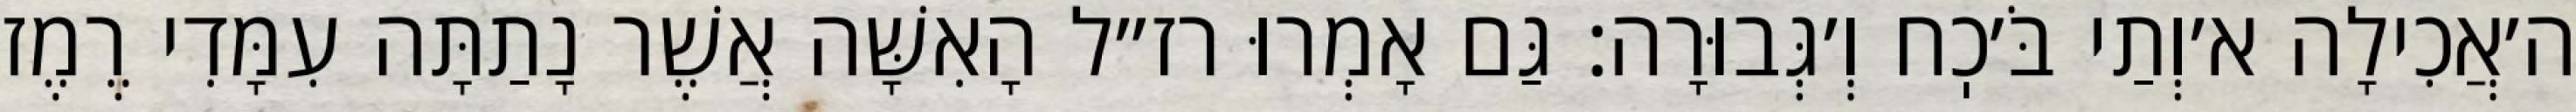
ה׳אֲכִילָה א׳וְתַי בֹּ׳כֽח וְ׳גְּבוּרָה: גַּם אָמְרוּ רז״ל הָאִשָּׁה אֲשֶׁר נָתַתָּה עִמָּדִי רֶמֶז